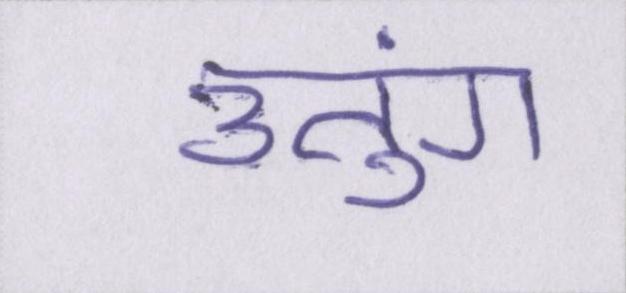
उतुंग